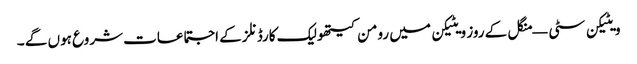
ویٹیکن سٹی — منگل کے روز ویٹیکن میں رومن کیتھولیک کارڈنلز کے اجتماعات شروع ہوں گے ۔